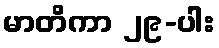
မာတိကာ ၂၉-ပါး